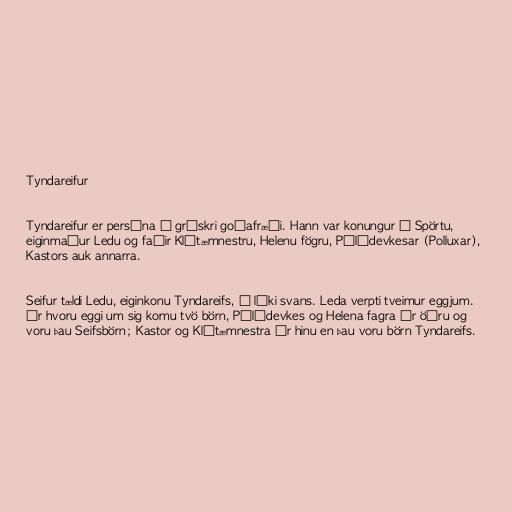
Tyndareifur

Tyndareifur er persóna í grískri goðafræði. Hann var konungur í Spörtu,
eiginmaður Ledu og faðir Klýtæmnestru, Helenu fögru, Pólýdevkesar (Polluxar),
Kastors auk annarra.

Seifur tældi Ledu, eiginkonu Tyndareifs, í líki svans. Leda verpti tveimur eggjum.
Úr hvoru eggi um sig komu tvö börn, Pólýdevkes og Helena fagra úr öðru og
voru þau Seifsbörn; Kastor og Klýtæmnestra úr hinu en þau voru börn Tyndareifs.